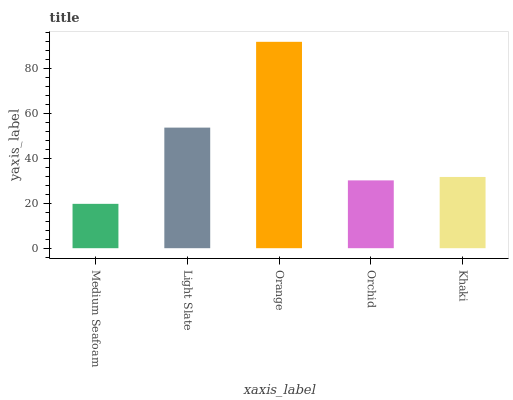
| xaxis_label | bars |
 | --- | --- |
 | Medium Seafoam | 19.8 |
 | Light Slate | 53.8 |
 | Orange | 92 |
 | Orchid | 30.2 |
 | Khaki | 31.8 |